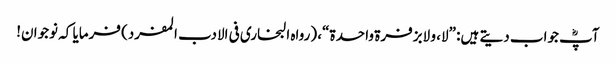
آپؓ جواب دیتے ہیں: ”لا، و لابزفرۃ واحدۃ“، (رواہ البخاری فی الادب المفرد) فرمایا کہ نوجوان!